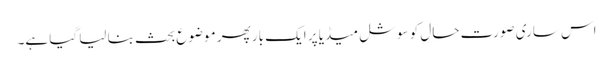
اس ساری صورت حال کو سوشل میڈیا پر ایک بار پھر موضوع بحث بنا لیا گیا ہے۔